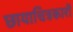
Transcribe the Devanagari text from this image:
छायाचित्रकारों